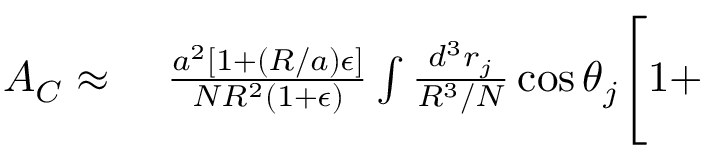
\begin{array} { r l } { A _ { C } \approx \ } & { { } \frac { a ^ { 2 } [ 1 + ( R / a ) \epsilon ] } { N R ^ { 2 } ( 1 + \epsilon ) } \int \frac { d ^ { 3 } r _ { j } } { R ^ { 3 } / N } \cos \theta _ { j } \Bigg [ 1 + } \end{array}